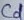
Text: Cd